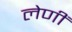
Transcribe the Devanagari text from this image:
लेणीं